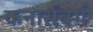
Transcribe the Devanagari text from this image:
कनार्सबर्ग